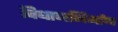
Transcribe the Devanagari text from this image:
विधाननिर्माण